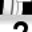
Digit: 2